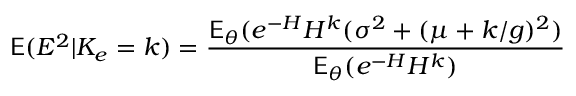
\mathsf E ( E ^ { 2 } | K _ { e } = k ) = \frac { \mathsf E _ { \theta } ( e ^ { - H } H ^ { k } ( \sigma ^ { 2 } + ( \mu + k / g ) ^ { 2 } ) } { \mathsf E _ { \theta } ( e ^ { - H } H ^ { k } ) }